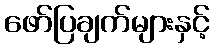
ဖော်ပြချက်များနှင့်